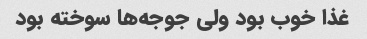
غذا خوب بود ولی جوجه‌ها سوخته بود